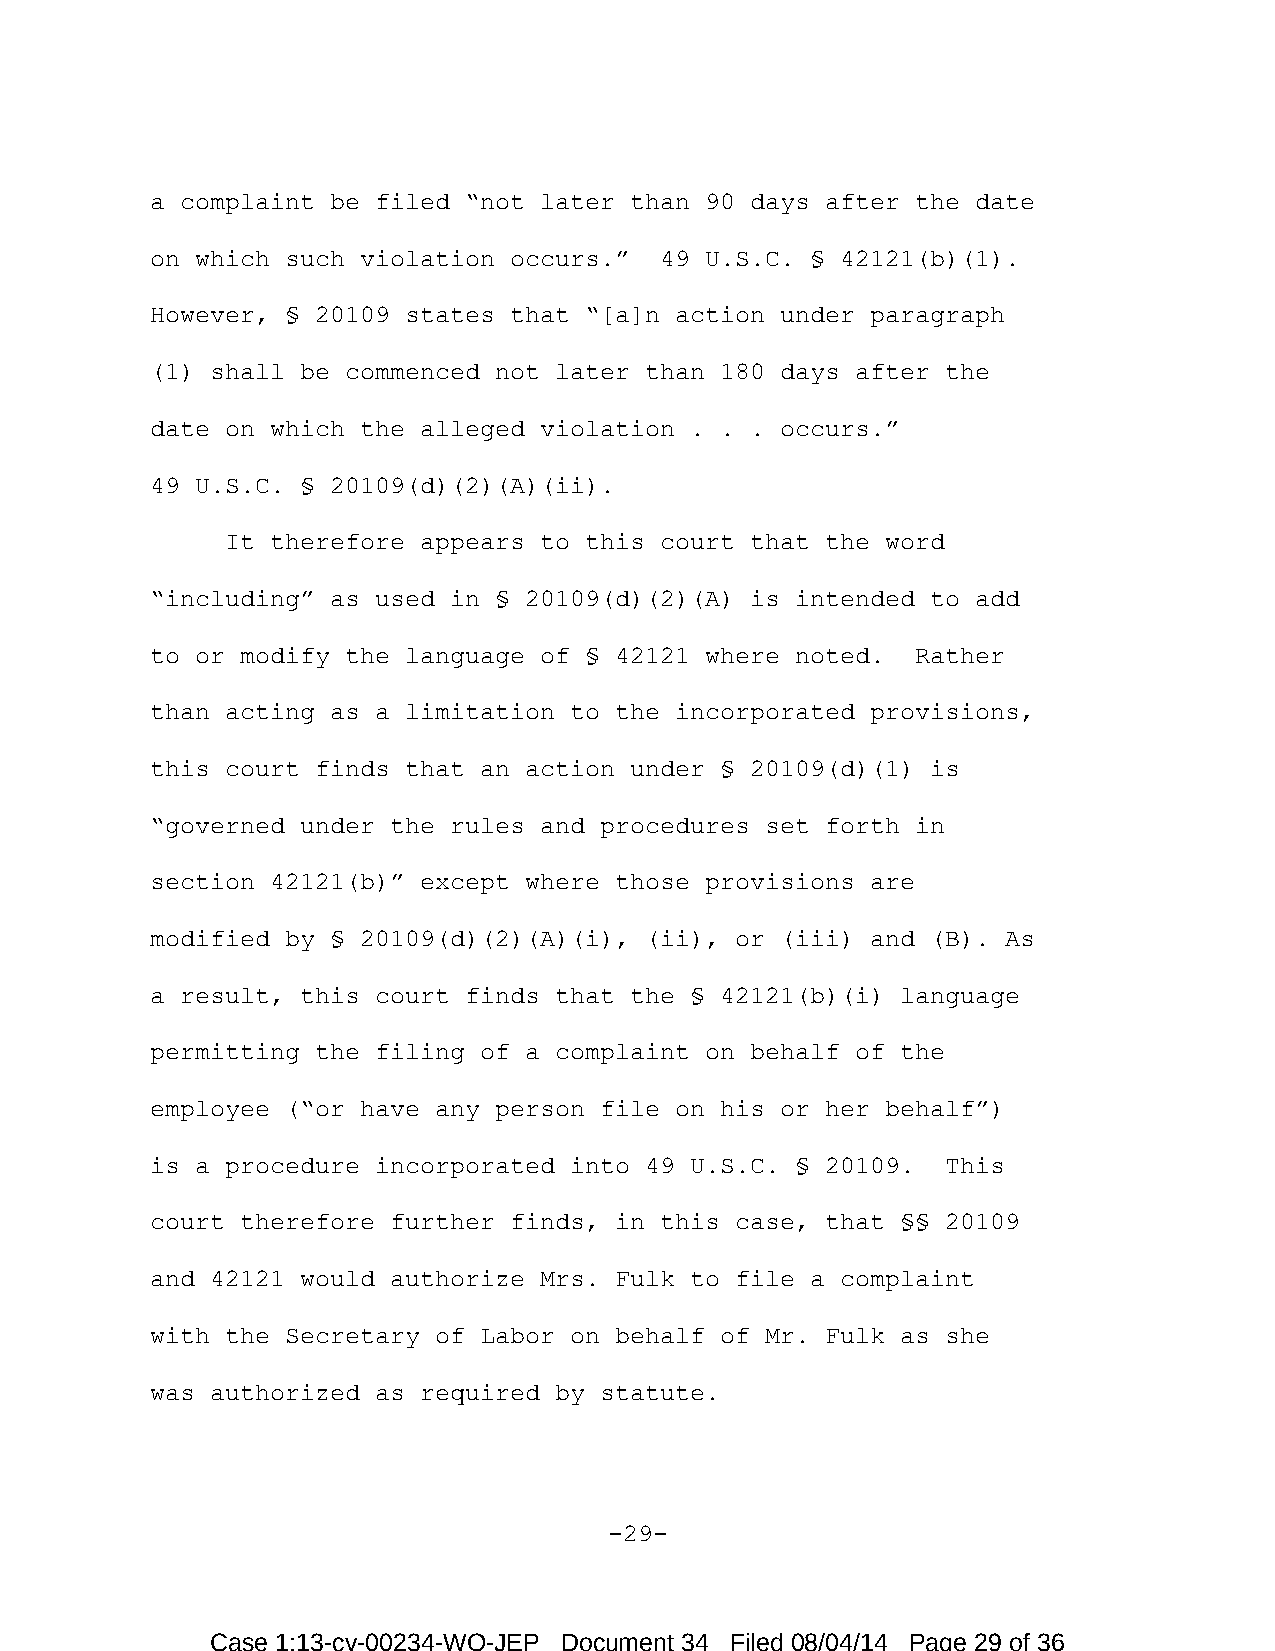
a complaint be filed “not later than 90 days after the date
 on which such violation occurs.”  49 U.S.C. § 42121(b)(1).
 However, § 20109 states that “[a]n action under paragraph
 (1) shall be commenced not later than 180 days after the
 date on which the alleged violation . . . occurs.”
 49 U.S.C. § 20109(d)(2)(A)(ii).
 It therefore appears to this court that the word
 “including” as used in § 20109(d)(2)(A) is intended to add
 to or modify the language of § 42121 where noted.  Rather
 than acting as a limitation to the incorporated provisions,
 this court finds that an action under § 20109(d)(1) is
 “governed under the rules and procedures set forth in
 section 42121(b)” except where those provisions are
 modified by § 20109(d)(2)(A)(i), (ii), or (iii) and (B). As
 a result, this court finds that the § 42121(b)(i) language
 permitting the filing of a complaint on behalf of the
 employee (“or have any person file on his or her behalf”)
 is a procedure incorporated into 49 U.S.C. § 20109.  This
 court therefore further finds, in this case, that §§ 20109
 and 42121 would authorize Mrs. Fulk to file a complaint
 with the Secretary of Labor on behalf of Mr. Fulk as she
 was authorized as required by statute.
 -29-
 Case 1:13-cv-00234-WO-JEP Document 34 Filed 08/04/14 Page 29 of 36